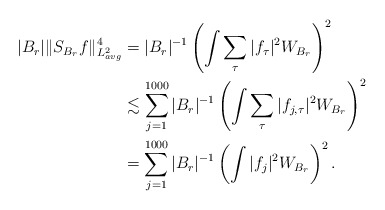
\begin{align*} |B_r|\|S_{B_r}f\|_{L^2_{avg}}^4&= |B_r|^{-1}\left(\int\sum_{\tau}|f_\tau|^2 W_{B_r}\right)^2\\ &\lesssim \sum_{j=1}^{1000}|B_r|^{-1}\left(\int\sum_{\tau}|f_{j,\tau}|^2 W_{B_r}\right)^2 \\ &=\sum_{j=1}^{1000}|B_r|^{-1}\left(\int|f_{j}|^2 W_{B_r}\right)^2 . \end{align*}